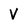
Character: V